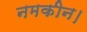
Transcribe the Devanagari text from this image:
नमकीन।